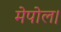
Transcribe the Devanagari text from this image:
मेपोल।